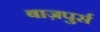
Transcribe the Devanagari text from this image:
बाज़पुर्स